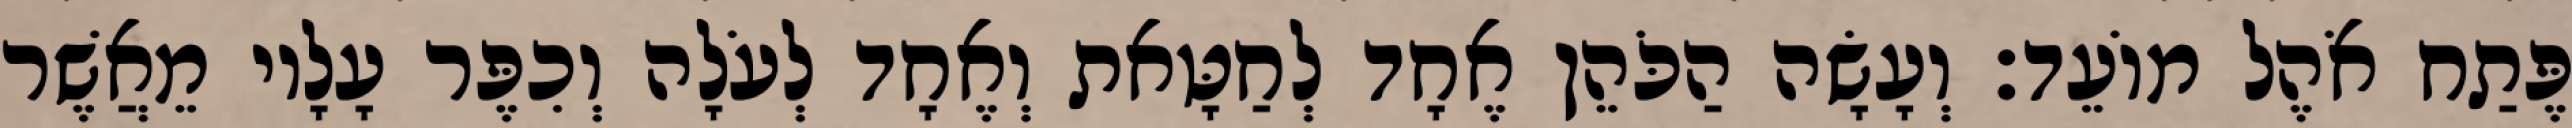
פֶּתַח אֹהֶל מוֹעֵד׃ וְעָשָׂה הַכֹּהֵן אֶחָד לְחַטָּאת וְאֶחָד לְעֹלָה וְכִפֶּר עָלָיו מֵאֲשֶׁר